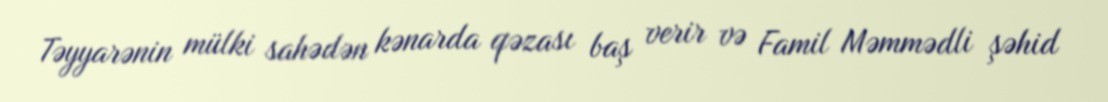
Təyyarənin mülki sahədən kənarda qəzası baş verir və Famil Məmmədli şəhid